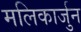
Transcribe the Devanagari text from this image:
मलिकार्जुन